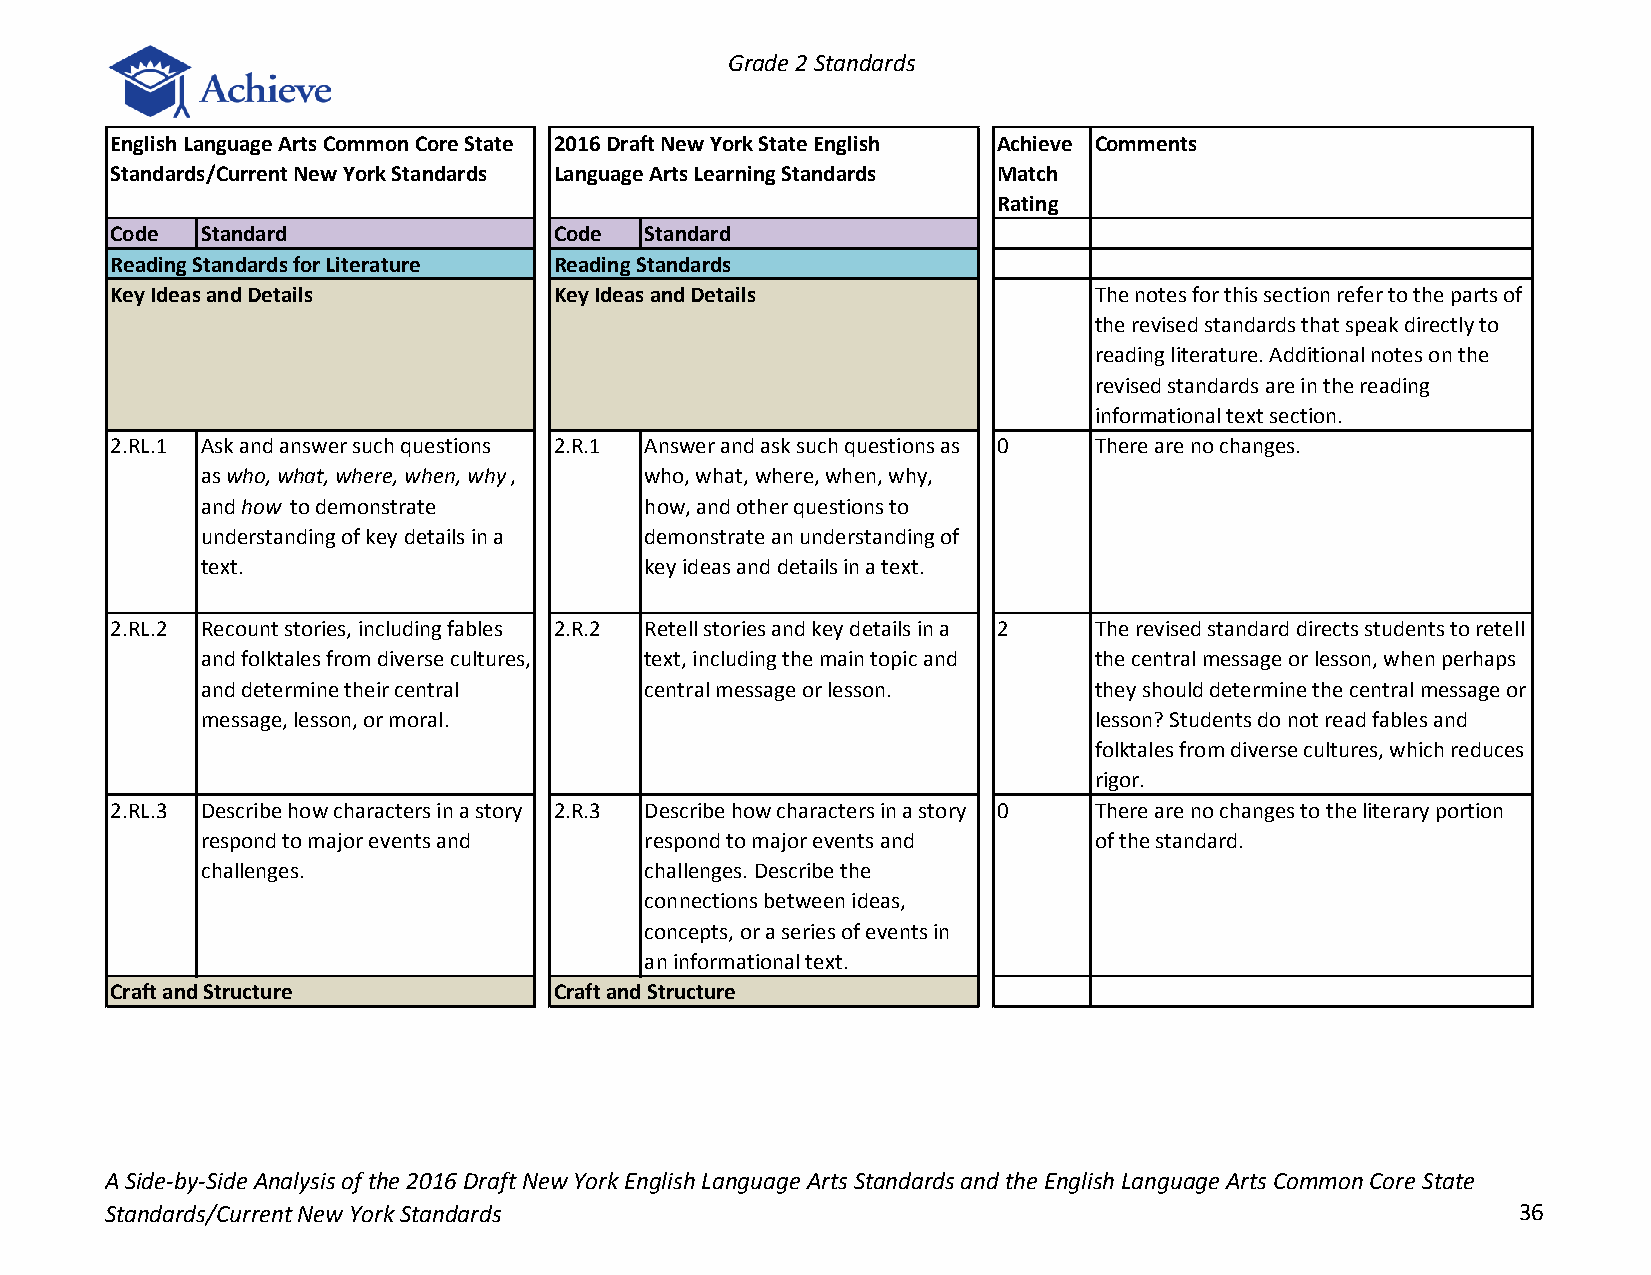
Grade 2 Standards
 English Language Arts Common Core State 2016 Draft New York State English Achieve Comments
 Standards/Current New York Standards Language Arts Learning Standards Match
 Rating
 Code  Standard                Code  Standard
 Reading Standards for Literature Reading Standards
 Key Ideas and Details         Key Ideas and Details              The notes for this section refer to the parts of
 the revised standards that speak directly to
 reading literature. Additional notes on the
 revised standards are in the reading
 informational text section.
 2.RL.1 Ask and answer such questions 2.R.1 Answer and ask such questions as 0 There are no changes.
 as who, what, where, when, why, who, what, where, when, why,
 and how to demonstrate        how, and other questions to
 understanding of key details in a demonstrate an understanding of
 text.                         key ideas and details in a text.
 2.RL.2 Recount stories, including fables 2.R.2 Retell stories and key details in a 2 The revised standard directs students to retell
 and folktales from diverse cultures, text, including the main topic and the central message or lesson, when perhaps
 and determine their central   central message or lesson.   they should determine the central message or
 message, lesson, or moral.                                 lesson? Students do not read fables and
 folktales from diverse cultures, which reduces
 rigor.
 2.RL.3 Describe how characters in a story 2.R.3 Describe how characters in a story 0 There are no changes to the literary portion
 respond to major events and   respond to major events and  of the standard.
 challenges.                   challenges. Describe the
 connections between ideas,
 concepts, or a series of events in
 an informational text.
 Craft and Structure           Craft and Structure
 A Side-by-Side Analysis of the 2016 Draft New York English Language Arts Standards and the English Language Arts Common Core State
 Standards/Current New York Standards                                                         36